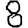
Digit: 8